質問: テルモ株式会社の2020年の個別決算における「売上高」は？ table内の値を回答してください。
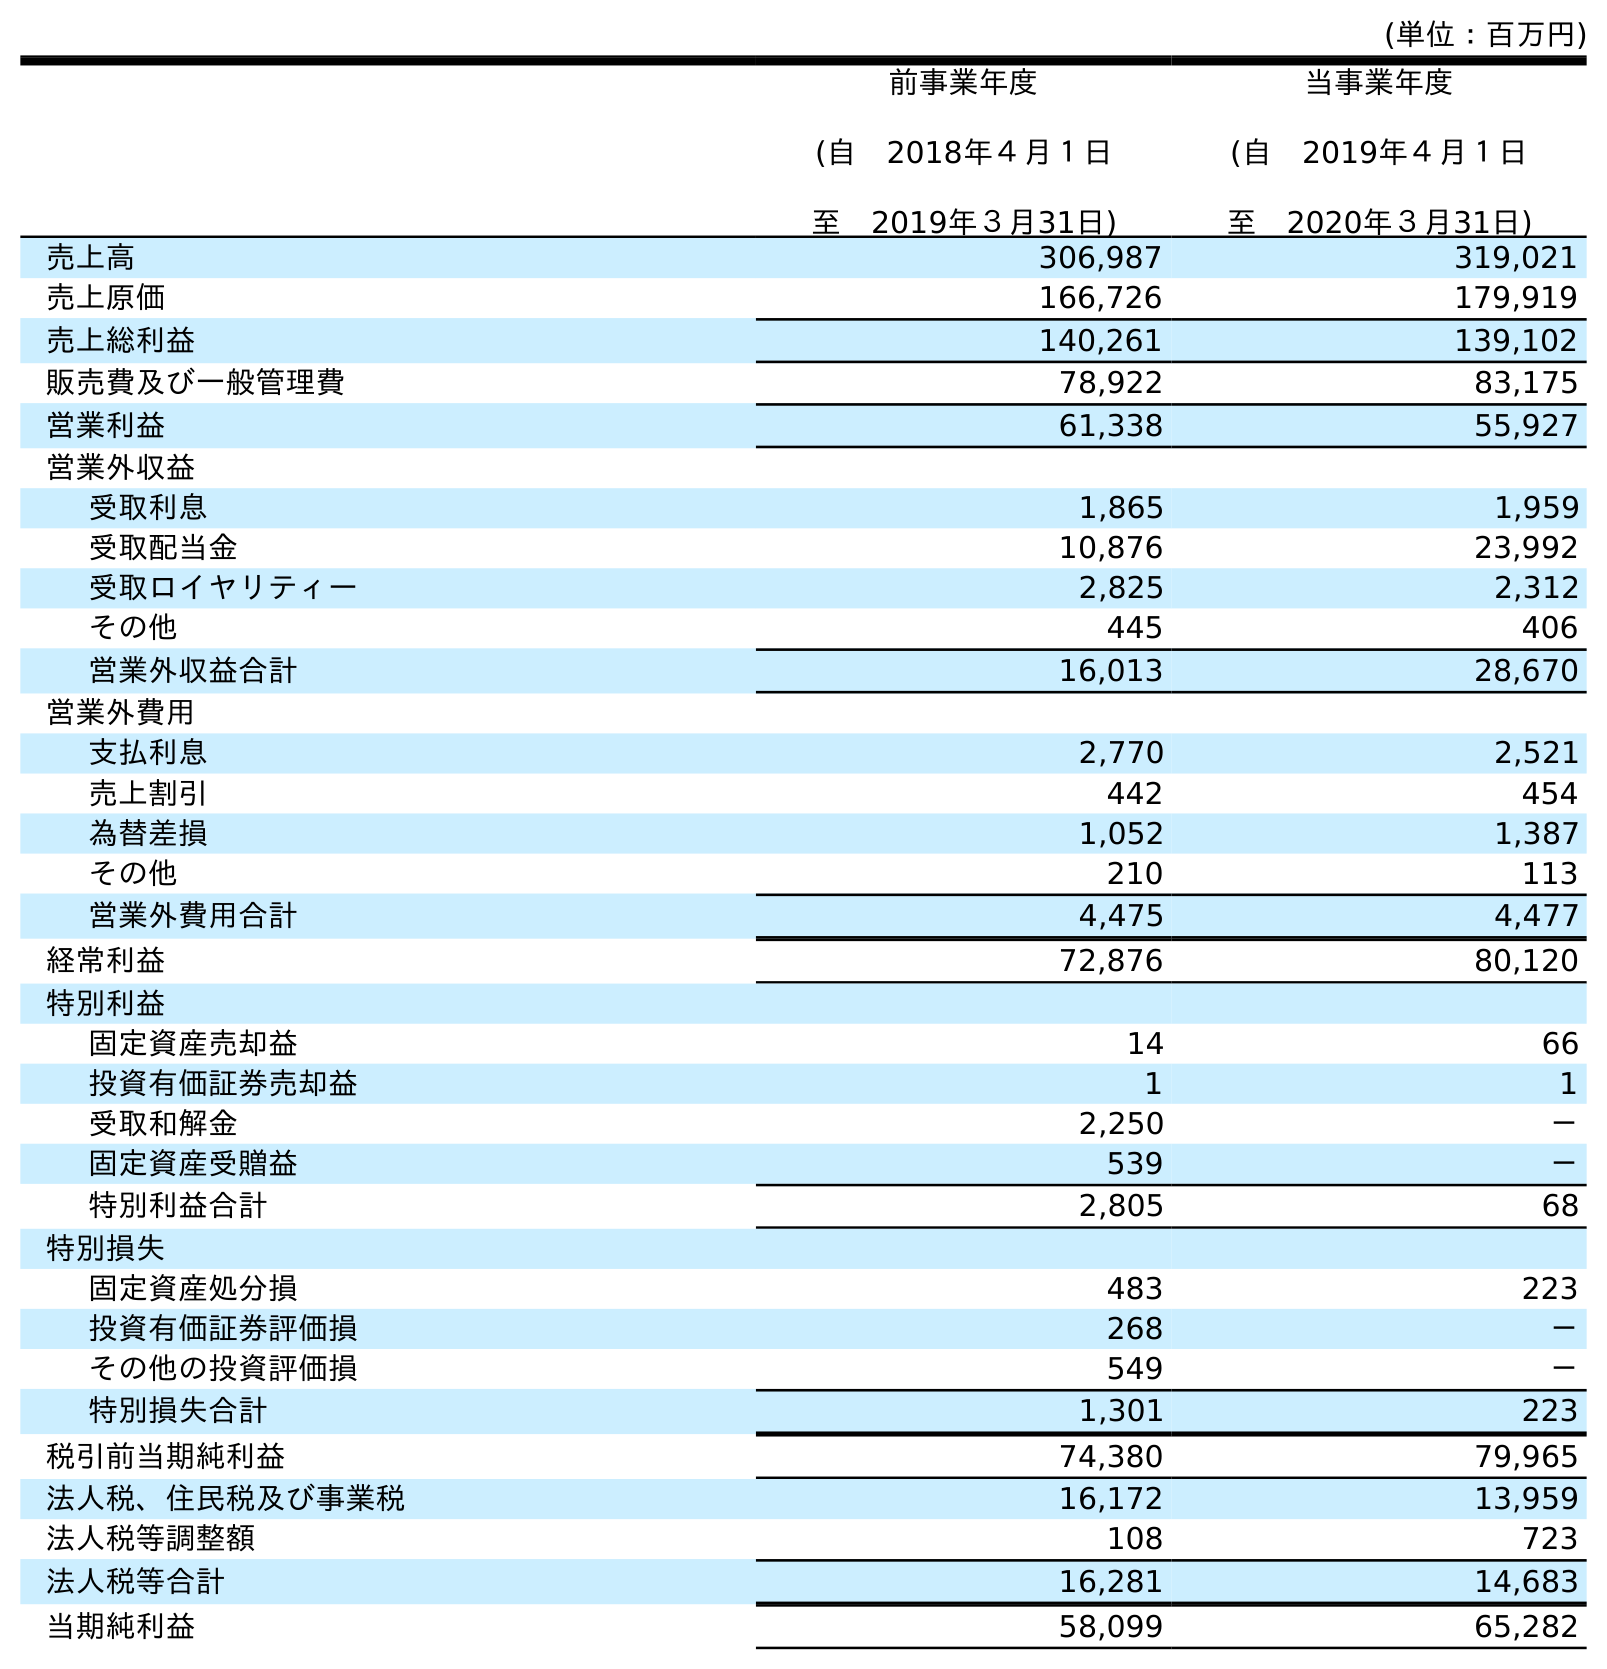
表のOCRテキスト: (単位：百万円) 前事業年度 (自 2018年４月１日 至 2019年３月31日) 当事業年度 (自 2019年４月１日 至 2020年３月31日) 売上高 306,987 319,021 売上原価 166,726 179,919 売上総利益 140,261 139,102 販売費及び一般管理費 78,922 83,175 営業利益 61,338 55,927 営業外収益 受取利息 1,865 1,959 受取配当金 10,876 23,992 受取ロイヤリティー 2,825 2,312 その他 445 406 営業外収益合計 16,013 28,670 営業外費用 支払利息 2,770 2,521 売上割引 442 454 為替差損 1,052 1,387 その他 210 113 営業外費用合計 4,475 4,477 経常利益 72,876 80,120 特別利益 固定資産売却益 14 66 投資有価証券売却益 1 1 受取和解金 2,250 － 固定資産受贈益 539 － 特別利益合計 2,805 68 特別損失 固定資産処分損 483 223 投資有価証券評価損 268 － その他の投資評価損 549 － 特別損失合計 1,301 223 税引前当期純利益 74,380 79,965 法人税、住民税及び事業税 16,172 13,959 法人税等調整額 108 723 法人税等合計 16,281 14,683 当期純利益 58,099 65,282
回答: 319,021